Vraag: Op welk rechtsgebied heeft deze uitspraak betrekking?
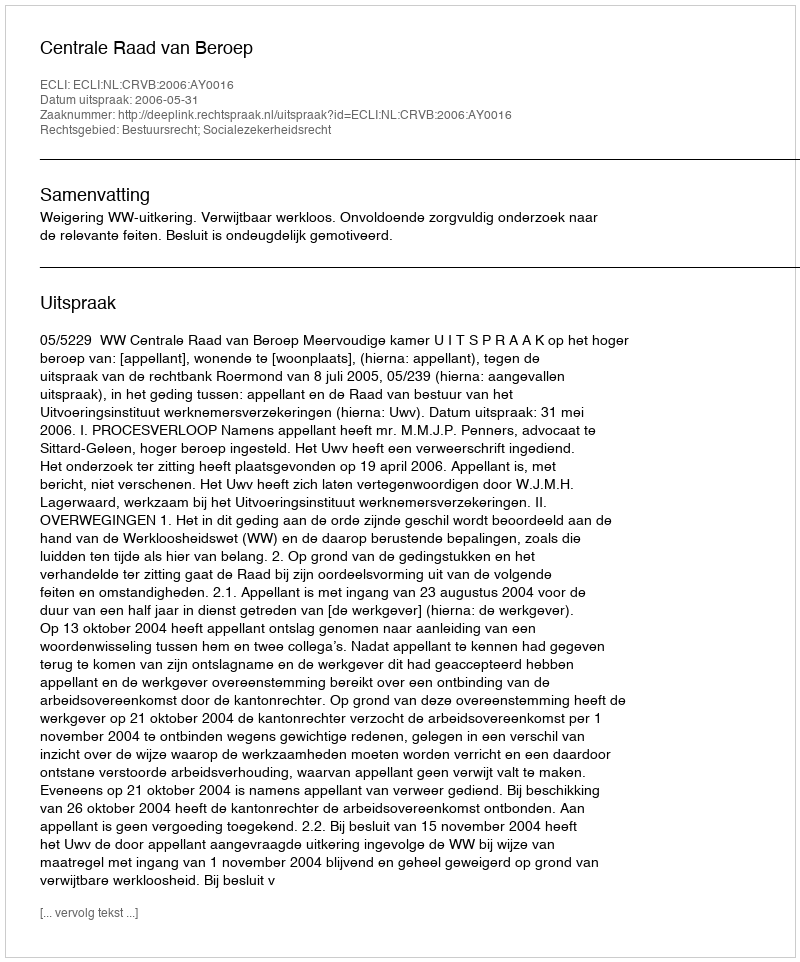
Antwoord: Bestuursrecht; Socialezekerheidsrecht